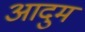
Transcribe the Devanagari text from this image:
आदुम